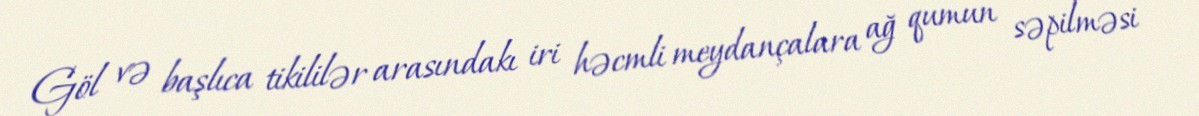
Göl və başlıca tikililər arasındakı iri həcmli meydançalara ağ qumun səpilməsi